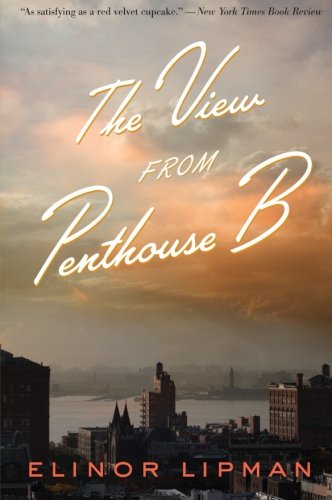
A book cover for The View from Penthouse B; Elinor Lipman; Literature & Fiction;